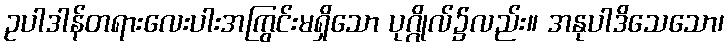
ဥပါဒါန်တရားလေးပါးအကြွင်းမရှိသော ပုဂ္ဂိုလ်၌လည်း။ အနုပါဒိသေသော၊